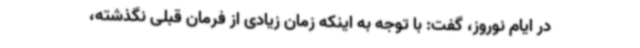
در ایام نوروز، گفت: با توجه به اینکه زمان زیادی از فرمان قبلی نگذشته،